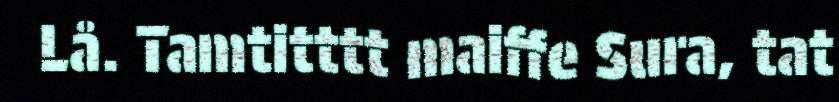
Lå. Tamtitttt maiffe Sura, tat